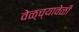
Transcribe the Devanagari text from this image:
वेळ्च्यावेळी